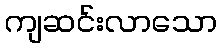
ကျဆင်းလာသော